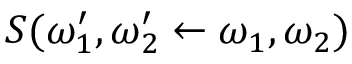
S ( \omega _ { 1 } ^ { \prime } , \omega _ { 2 } ^ { \prime } \leftarrow \omega _ { 1 } , \omega _ { 2 } )